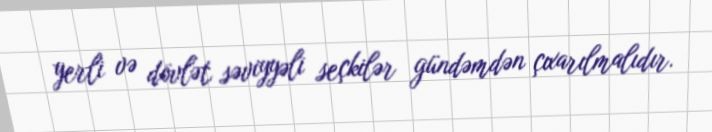
yerli və dövlət səviyyəli seçkilər gündəmdən çıxarılmalıdır.